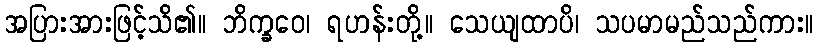
အပြားအားဖြင့်သိ၏။ ဘိက္ခဝေ၊ ရဟန်းတို့။ သေယျထာပိ၊ သပမာမည်သည်ကား။